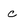
Character: c